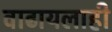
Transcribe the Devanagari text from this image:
वाढायलाही